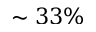
\sim 3 3 \%